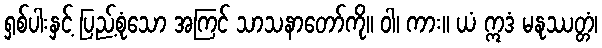
ရှစ်ပါးနှင့် ပြည့်စုံသော အကြင် သာသနာတော်ကို။ ဝါ၊ ကား။ ယံ ဣဒံ မနုဿတ္တံ၊